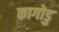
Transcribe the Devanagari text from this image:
कागोडु